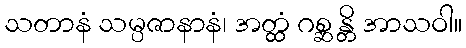
သတာနံ သမ္ပဇာနာနံ၊ အတ္ထံ ဂစ္ဆ န္တိ အာသဝါ။